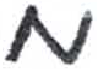
אות: מ